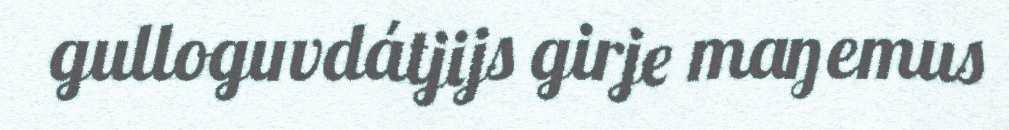
gulloguvdátjijs girje maŋemus